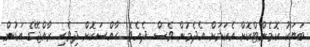
ބަޔަކު ކޮމެންޓްކޮށް އެކަމަށް އެދެމުން ވެސް ދެއެވެ. ހާއްސަކޮށް ދިވެހި ރާއްޖޭގެ އަޑުން